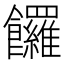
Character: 饠